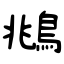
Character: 鴵